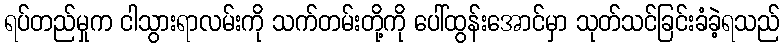
ရပ်တည်မှုက ငါသွားရာလမ်းကို သက်တမ်းတို့ကို ပေါ်ထွန်းအောင်မှာ သုတ်သင်ခြင်းခံခဲ့ရသည်